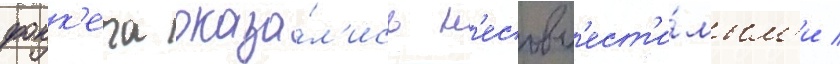
фокк'ера оказа́л'ись н'есовм'ест'и́мым'и /